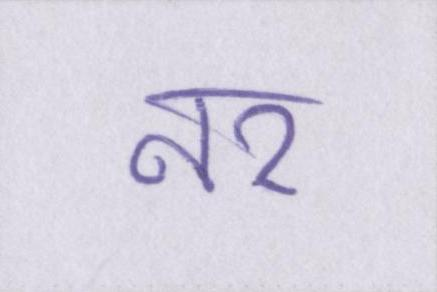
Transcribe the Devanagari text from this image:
नर